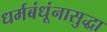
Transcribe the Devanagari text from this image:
धर्मबंधूंनासुद्धा